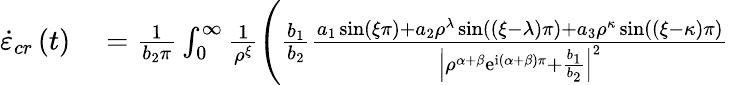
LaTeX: \begin{array}{rl}{\dot{\varepsilon}_{cr}\left(t\right)}&{{}=\frac{1}{b_{2}\pi}\int_{0}^{\infty}\frac{1}{\rho^{\xi}}\left(\frac{b_{1}}{b_{2}}\frac{a_{1}\sin\left(\xi\pi\right)+a_{2}\rho^{\lambda}\sin\left(\left(\xi-\lambda\right)\pi\right)+a_{3}\rho^{\kappa}\sin\left(\left(\xi-\kappa\right)\pi\right)}{\left\vert\rho^{\alpha+\beta}\mathrm{e}^{\mathrm{i}\left(\alpha+\beta\right)\pi}+\frac{b_{1}}{b_{2}}\right\vert^{2}}\right.}\end{array}